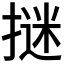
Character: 𭢁